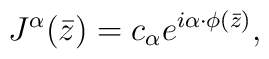
J^{\alpha}(\bar{z})=c_{\alpha} e^{i\alpha\cdot\phi(\bar{z})},